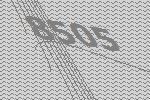
8505